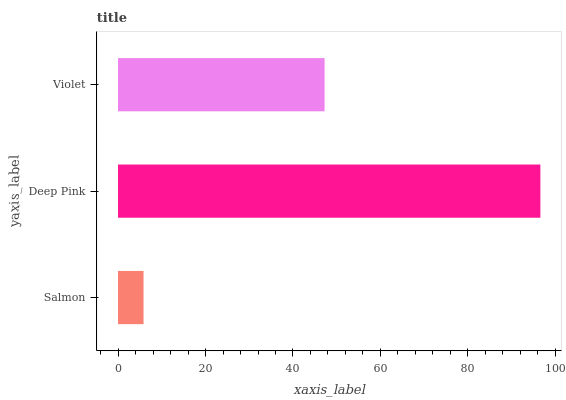
| yaxis_label | bars |
 | --- | --- |
 | Salmon | 5.83 |
 | Deep Pink | 96.5 |
 | Violet | 47.2 |